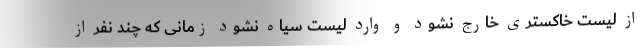
از لیست خاکستری خارج نشود و وارد لیست سیاه نشود زمانی که چند نفر از